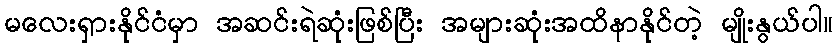
မလေးရှားနိုင်ငံမှာ အဆင်းရဲဆုံးဖြစ်ပြီး အများဆုံးအထိနာနိုင်တဲ့ မျိုးနွယ်ပါ။